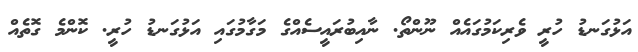
އަޅުގަނޑު ހުރީ ވެރިކަމުގައެއް ނޫންތޯ. ނާއިބުރައީސެއްގެ މަގާމުގައި އަޅުގަނޑު ހުރީ. ކޮންމެ ގޮތެއް